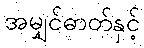
အမျှင်ဓာတ်နှင့်